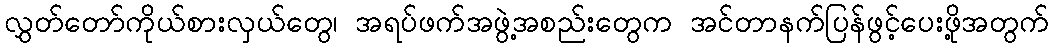
လွှတ်တော်ကိုယ်စားလှယ်တွေ၊ အရပ်ဖက်အဖွဲ့အစည်းတွေက အင်တာနက်ပြန်ဖွင့်ပေးဖို့အတွက်